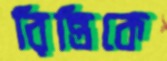
রিন্তিকে